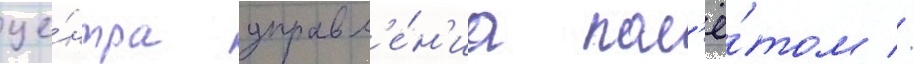
це́нтра управл'е́н'иа пол'ё́том //